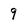
Character: 9